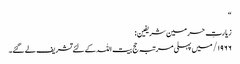
“
زیارتِ حرمین شریفین:
۱۹۶۶/ میں پہلی مرتبہ حج بیت اللہ کے لئے تشریف لے گئے۔